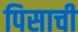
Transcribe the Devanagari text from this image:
पिसाची